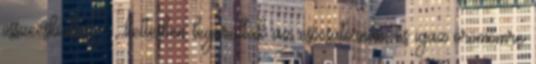
összeesküdtek? , kettesben legurultak az esőcsatornán, és igaz örömömre